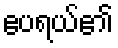
ဧပရယ်၏